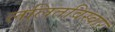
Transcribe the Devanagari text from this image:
ललितविस्वार